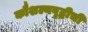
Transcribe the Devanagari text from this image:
कौशल्यवृद्धीची